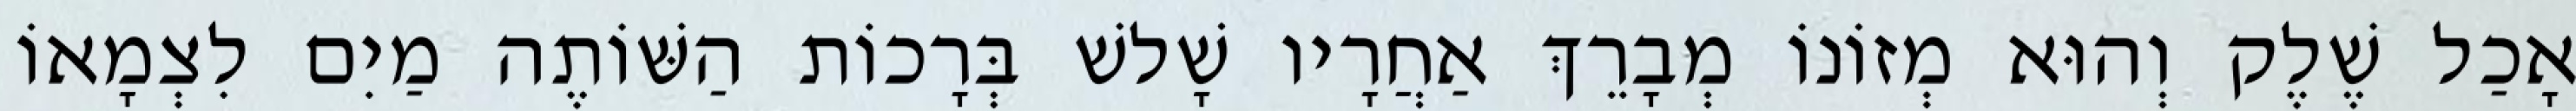
אָכַל שֶׁלֶק וְהוּא מְזוֹנוֹ מְבָרֵךְ אַחֲרָיו שָׁלשׁ בְּרָכוֹת הַשּׁוֹתֶה מַיִם לִצְמָאוֹ